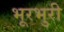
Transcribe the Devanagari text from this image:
भूरभुरी